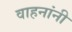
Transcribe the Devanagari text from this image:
वाहनांनी